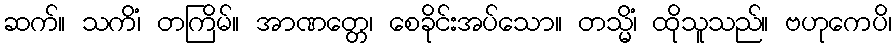
ဆက်။ သကိံ၊ တကြိမ်။ အာဏတ္တေ၊ စေခိုင်းအပ်သော။ တသ္မိံ၊ ထိုသူသည်။ ဗဟုကေပိ၊